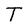
Character: T